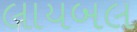
લાયબલ